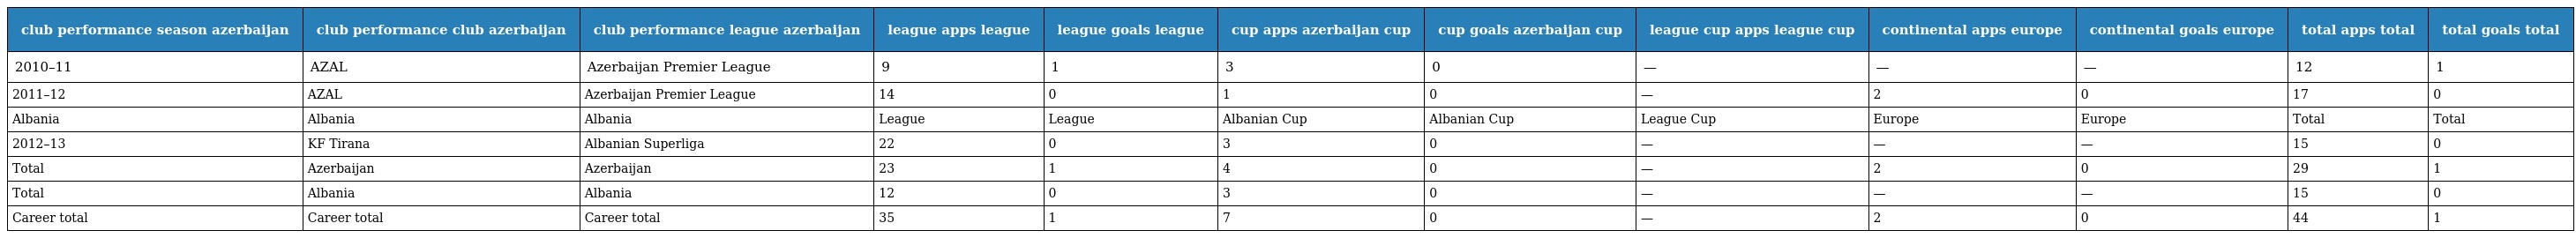
| club performance season azerbaijan | club performance club azerbaijan | club performance league azerbaijan | league apps league | league goals league | cup apps azerbaijan cup | cup goals azerbaijan cup | league cup apps league cup | continental apps europe | continental goals europe | total apps total | total goals total |
 | --- | --- | --- | --- | --- | --- | --- | --- | --- | --- | --- | --- |
 | 2010–11 | AZAL | Azerbaijan Premier League | 9 | 1 | 3 | 0 | — | — | — | 12 | 1 |
 | 2011–12 | AZAL | Azerbaijan Premier League | 14 | 0 | 1 | 0 | — | 2 | 0 | 17 | 0 |
 | Albania | Albania | Albania | League | League | Albanian Cup | Albanian Cup | League Cup | Europe | Europe | Total | Total |
 | 2012–13 | KF Tirana | Albanian Superliga | 22 | 0 | 3 | 0 | — | — | — | 15 | 0 |
 | Total | Azerbaijan | Azerbaijan | 23 | 1 | 4 | 0 | — | 2 | 0 | 29 | 1 |
 | Total | Albania | Albania | 12 | 0 | 3 | 0 | — | — | — | 15 | 0 |
 | Career total | Career total | Career total | 35 | 1 | 7 | 0 | — | 2 | 0 | 44 | 1 |